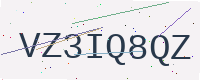
Text: VZ3IQ8QZ